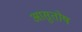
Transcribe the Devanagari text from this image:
आसुतोष